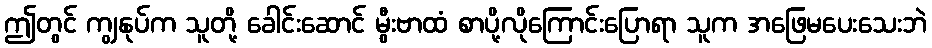
ဤတွင် ကျွနုပ်က သူတို့ ခေါင်းဆောင် မွီးဗာထံ စာပို့လိုကြောင်းပြောရာ သူက အဖြေမပေးသေးဘဲ